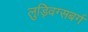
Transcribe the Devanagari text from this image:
लुड्विग्सबर्ग